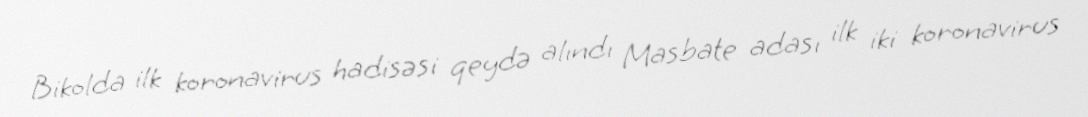
Bikolda ilk koronavirus hadisəsi qeydə alındı Masbate adası ilk iki koronavirus